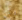
وكن